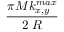
\frac { \pi M k _ { x , y } ^ { m a x } } { 2 \: R }